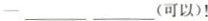
-___ ___(可以)!